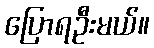
ပြောရဦးမယ်။